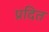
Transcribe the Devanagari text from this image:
प्रदित